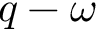
q - \omega